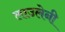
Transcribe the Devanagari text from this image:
लाउलेनी